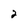
Character: 2